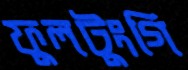
ফুলটুংগি